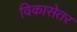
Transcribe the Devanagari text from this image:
विकासेतर